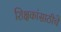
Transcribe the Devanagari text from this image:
शिक्षकांसाठीचे